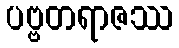
ပဗ္ဗတရာဇဿ